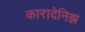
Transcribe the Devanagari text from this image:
कारादेनिझ